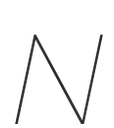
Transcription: N